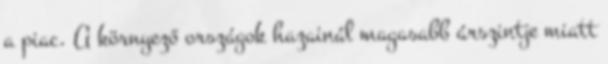
a piac. A környező országok hazainál magasabb árszintje miatt